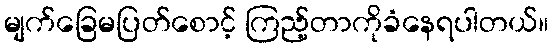
မျက်ခြေမပြတ်စောင့် ကြည့်တာကိုခံနေရပါတယ်။